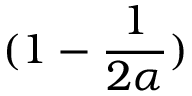
( 1 - { \frac { 1 } { 2 \alpha } } )